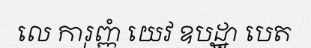
លេ ការុញ្ញំ យេវ ឧបដ្ឋា បេត